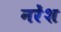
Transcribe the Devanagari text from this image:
नरेंश